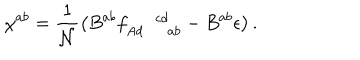
\chi ^ { a b } = \frac { 1 } { \mathcal { N } } \left( B ^ { a b } f _ { A d \, \, \, \, \, \, \, \, a b } ^ { \, \, \, \, \, \, \, \, \, c d } - B ^ { a b } \epsilon \right) .